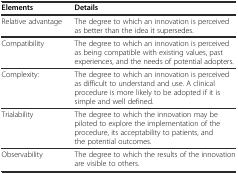
<table><thead><tr><td><b>Elements</b></td><td><b>Details</b></td></tr></thead><tbody><tr><td>Relative advantage</td><td>The degree to which an innovation is perceived as better than the idea it supersedes.</td></tr><tr><td>Compatibility</td><td>The degree to which an innovation is perceived as being compatible with existing values, past experiences, and the needs of potential adopters.</td></tr><tr><td>Complexity:</td><td>The degree to which an innovation is perceived as difficult to understand and use. A clinical procedure is more likely to be adopted if it is simple and well defined.</td></tr><tr><td>Trialability</td><td>The degree to which the innovation may be piloted to explore the implementation of the procedure, its acceptability to patients, and the potential outcomes.</td></tr><tr><td>Observability</td><td>The degree to which the results of the innovation are visible to others.</td></tr></tbody></table>